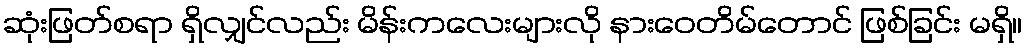
ဆုံးဖြတ်စရာ ရှိလျှင်လည်း မိန်းကလေးများလို နားဝေတိမ်တောင် ဖြစ်ခြင်း မရှိ။